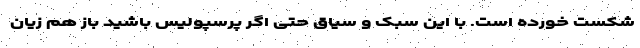
شکست خورده است. با این سبک و سیاق حتی اگر پرسپولیس باشید باز هم زیان